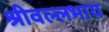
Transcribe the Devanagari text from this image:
श्रीवल्लभाय